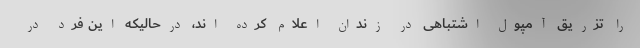
را تزریق آمپول اشتباهی در زندان اعلام کرده اند، درحالیکه این فرد در